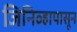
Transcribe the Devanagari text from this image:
जिनिव्हापासून